Leaving Certificate Examination, 1919
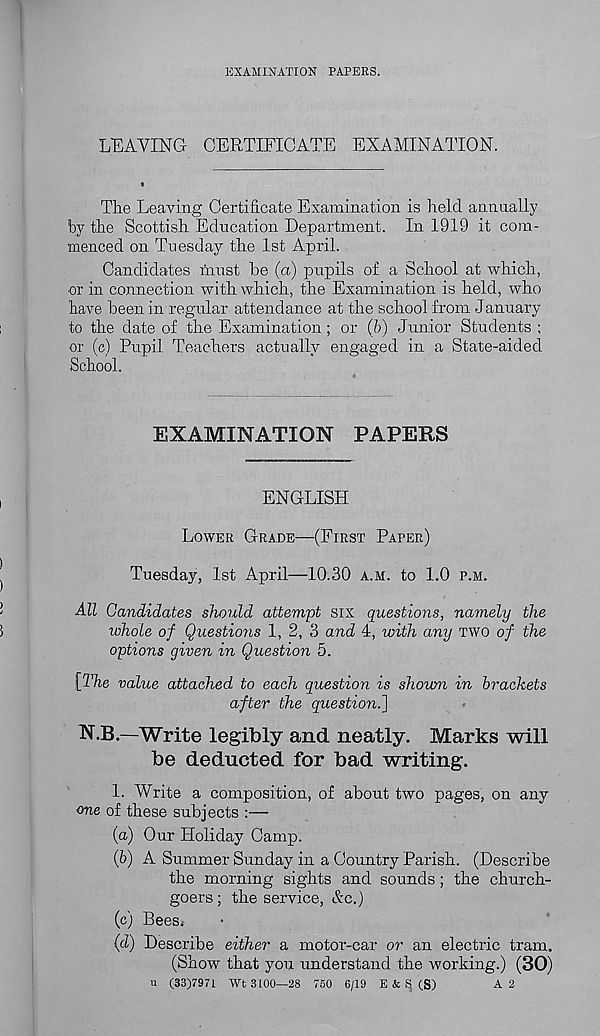
EXAMINATION PAPERS.
LEAVING CERTIFICATE EXAMINATION.
The Leaving Certificate Examination is held annually
by the Scottish Education Department. In 1919 it com-
menced on Tuesday the 1st April.
Candidates must be (a) pupils of a School at which,
or in connection with which, the Examination is held, who
have been in regular attendance at the school from January
to the date of the Examination ; or (b) Junior Students ;
or (c) Pupil Teachers actually engaged in a State-aided
School.
EXAMINATION PAPERS
ENGLISH
LOWER GRADE—(FIRST PAPER)
Tuesday, 1st April—10.30 A.M. to 1.0 P.M.
All Candidates should attempt six questions, namely the
whole of Questions 1, 2, 3 and 4, with any TWO of the
options given in Question 5.
[The value attached to each question is shown in brackets
after the question.]
N.B.—Write legibly and neatly. Marks will
be deducted for bad writing.
1. Write a composition, of about two pages, on any
one of these subjects :—
(а) Our Holiday Camp.
(б) A Summer Sunday in a Country Parish. (Describe
the morning sights and sounds; the church-
goers; the service, &c.)
(c) Bees.
(d) Describe either a motor-car or an electric tram.
(Show that you understand the working.) (30)
u (33)7971 Wt 3700—28 750 6/19 E & S (S)
A 2